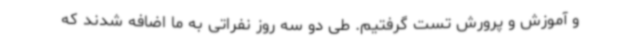
و آموزش و پرورش تست گرفتیم. طی دو سه روز نفراتی به ما اضافه شدند که